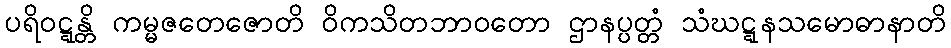
ပရိဝဋ္ဋန္တိ ကမ္မဇတေဇောတိ ဝိကသိတဘာဝတော ဌာနပ္ပတ္တံ သံဃဋ္ဋနသမောဓာနာတိ